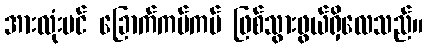
အားလုံးပင် ခြောက်ကပ်ကပ် ဖြစ်သွားဖွယ်ရှိလေသည်။